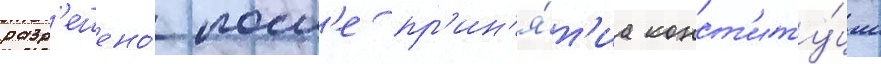
разр'ешено́ посл'е пр'ин'я́т'иа конст'иту́ции